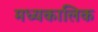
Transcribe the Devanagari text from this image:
मध्यकालिक